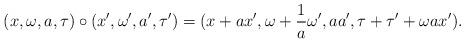
LaTeX: \begin{align*}(x,\omega, a, \tau) & \circ (x^{\prime}, \omega^{\prime}, a^{\prime}, \tau^{\prime}) = ( x + ax^{\prime}, \omega + \frac{1}{a}\omega^{\prime}, aa^{\prime}, \tau + \tau^{\prime} + \omega a x^{\prime} ).\end{align*}